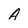
Character: A